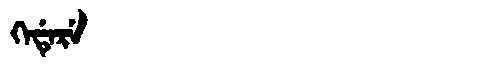
Manchu: ᡴᡝᡩᡝᡵᡝ
Romanization: KEDERE